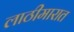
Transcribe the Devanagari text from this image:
लाठीमारात